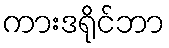
ကားဒရိုင်ဘာ